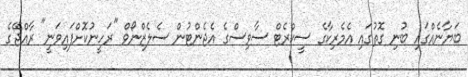
ބަޔާނެއްގައި ބުނި ގޮތުގައި އެެމެރިކާގެ ސީކްރެޓް ސާވިސްގެ އެޖެންޓުން ސެލެޒްނޯވް "ރަހީނުކޮށްފައިވަނީ" ރާއްޖޭގެ